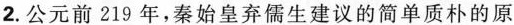
2.公元前219年，秦始皇弃儒生建议的简单质朴的原